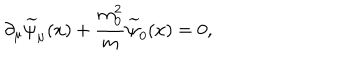
\partial _ { \mu } \widetilde { \psi } _ { \mu } ( x ) + \frac { m _ { 0 } ^ { 2 } } { m } \widetilde { \psi } _ { 0 } ( x ) = 0 ,